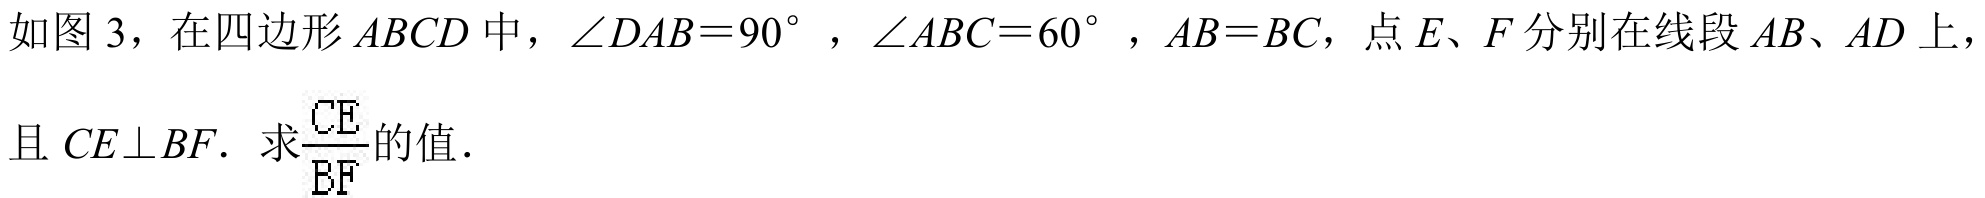
如图 3，在四边形\(ABCD\)中，\(\angle DAB = 90^{\circ}\)，\(\angle ABC = 60^{\circ}\)，\(AB = BC\)，点\(E、F\)分别在线段\(AB、AD\)上，且\(CE\perp BF\). 求\(\frac{CE}{BF}\)的值．